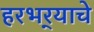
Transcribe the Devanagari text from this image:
हरभर्‍याचे